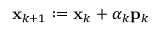
\mathbf { x } _ { k + 1 } : = \mathbf { x } _ { k } + \alpha _ { k } \mathbf { p } _ { k }